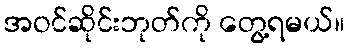
အဝင်ဆိုင်းဘုတ်ကို တွေ့ရမယ်။